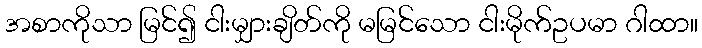
အစာကိုသာ မြင်၍ ငါးမျှားချိတ်ကို မမြင်သော ငါးမိုက်ဥပမာ ဂါထာ။